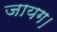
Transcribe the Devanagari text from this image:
जायग।